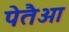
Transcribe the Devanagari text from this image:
पेतैआ